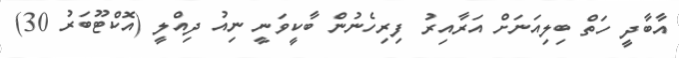
އާބާދީ ހަތް ބިލިއަނަށް އަރާއިރު ފިރިހެނުން ބާކީވަނީ ނިއު ދިއްލީ (އޮކްޓޫބަރު 30)